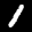
Digit: 1